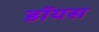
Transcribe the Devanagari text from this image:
डॉयस